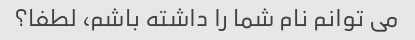
می توانم نام شما را داشته باشم، لطفا؟